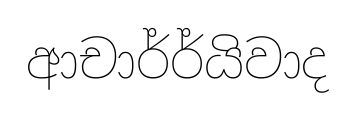
ආචාර්ර්යිවාද